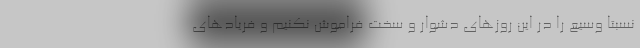
نسبتاً وسیع را در این روزهای دشوار و سخت فراموش نکنیم و فریادهای